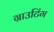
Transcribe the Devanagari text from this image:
ग्राउटिंग